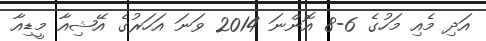
އަދި މެއި މަހުގެ 6-8 އޮންނަ 2014 ވަނަ އަހަރުގެ އޭޝިއާ މީޑިއާ